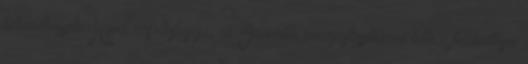
felmenthessék. Hood zászlóshajója, az Invincible mozgásképtelenné tette a felderítésre